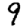
Digit: 9